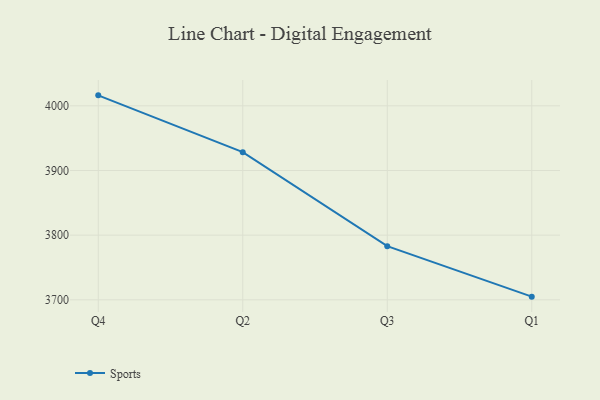
{"axis": {"x": "Quarter", "y": "Active Users"}, "legend": ["Sports"], "data": [{"x": "Q4", "y": 4016.2, "type": "Sports"}, {"x": "Q2", "y": 3928.3, "type": "Sports"}, {"x": "Q3", "y": 3782.9, "type": "Sports"}, {"x": "Q1", "y": 3704.9, "type": "Sports"}]}